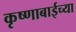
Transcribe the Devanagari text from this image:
कृष्णाबाईच्या